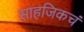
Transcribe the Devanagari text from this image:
साहजिकचं